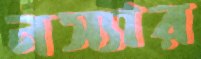
নস্যার